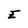
Character: E